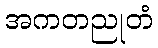
အကတညုတံ